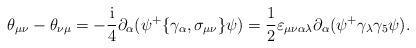
LaTeX: \begin{align*}\theta _{\mu \nu }-\theta _{\nu \mu }=-\frac{{\rm i}}4\partial _\alpha (\psi^{+}\{\gamma _\alpha ,\sigma _{\mu \nu }\}\psi )=\frac 12\varepsilon _{\mu\nu \alpha \lambda }\partial _\alpha (\psi ^{+}\gamma _\lambda \gamma _5\psi). \end{align*}